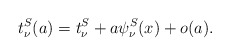
\begin{align*}t_\nu^S(a)= t_\nu^S + a \psi_\nu^S(x) +o(a).\end{align*}